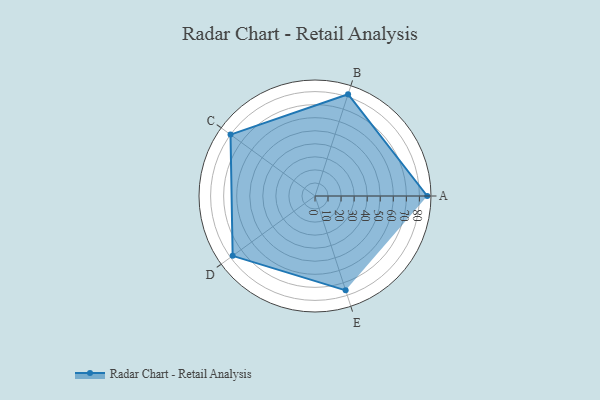
{"axis": {"x": "Skill", "y": "Score"}, "legend": ["Profile"], "data": [{"x": "A", "y": 86.0, "type": "Profile"}, {"x": "B", "y": 82.0, "type": "Profile"}, {"x": "C", "y": 80.0, "type": "Profile"}, {"x": "D", "y": 78.0, "type": "Profile"}, {"x": "E", "y": 76.0, "type": "Profile"}]}